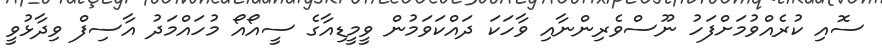
ސޮއި ކުރެއްވުމަށްފަހު ނޫސްވެރިންނާއި ވާހަކަ ދައްކަވަމުން ވީމީޑިއާގެ ސީއޯއޯ މުހައްމަދު އާސިފް ވިދާޅުވީ